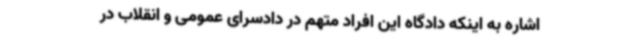
اشاره به اینکه دادگاه این افراد متهم در دادسرای عمومی و انقلاب در